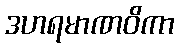
ဒဟရမာဏဝိကာ